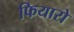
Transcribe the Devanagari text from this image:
फियारो